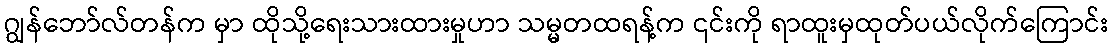
ဂျွန်ဘော်လ်တန်က မှာ ထိုသို့ရေးသားထားမှုဟာ သမ္မတထရန့်က ၎င်းကို ရာထူးမှထုတ်ပယ်လိုက်ကြောင်း